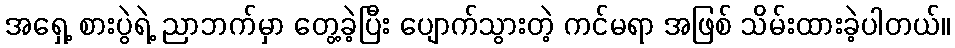
အရှေ့ စားပွဲရဲ့ ညာဘက်မှာ တွေ့ခဲ့ပြီး ပျောက်သွားတဲ့ ကင်မရာ အဖြစ် သိမ်းထားခဲ့ပါတယ်။